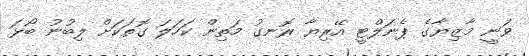
ވަނީ މާޒިޔާގެ ޕެނަލްޓީ އޭރިޔާ ރޮނގު މަތިން ކަހަލަ ގޮތަކަށް ލިބުނު ބޯޅަ